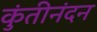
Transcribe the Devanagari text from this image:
कुंतीनंदन